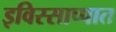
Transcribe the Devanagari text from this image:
इविस्साप्पात